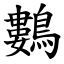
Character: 鷜